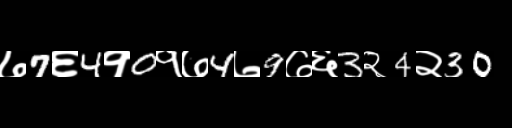
Text: ७7६4१0१७4७9७६3२4२30